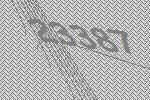
23387